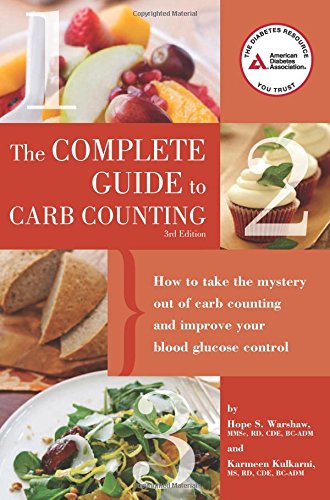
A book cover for Complete Guide to Carb Counting: How to Take the Mystery Out of Carb Counting and Improve Your Blood Glucose Control; Hope S. Warshaw R.D.; Health, Fitness & Dieting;